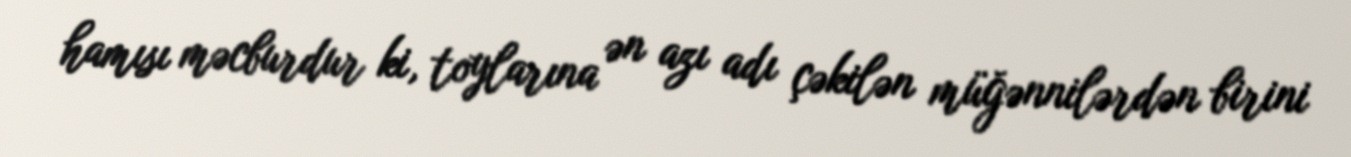
hamısı məcburdur ki, toylarına ən azı adı çəkilən müğənnilərdən birini